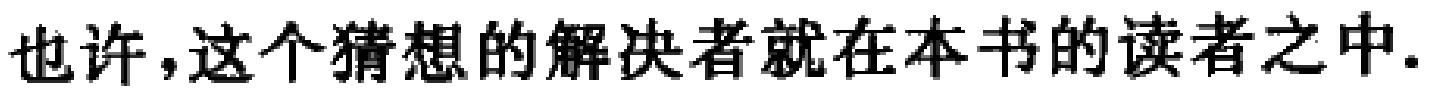
也许，这个猜想的解决者就在本书的读者之中.